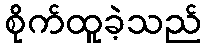
စိုက်ထူခဲ့သည်